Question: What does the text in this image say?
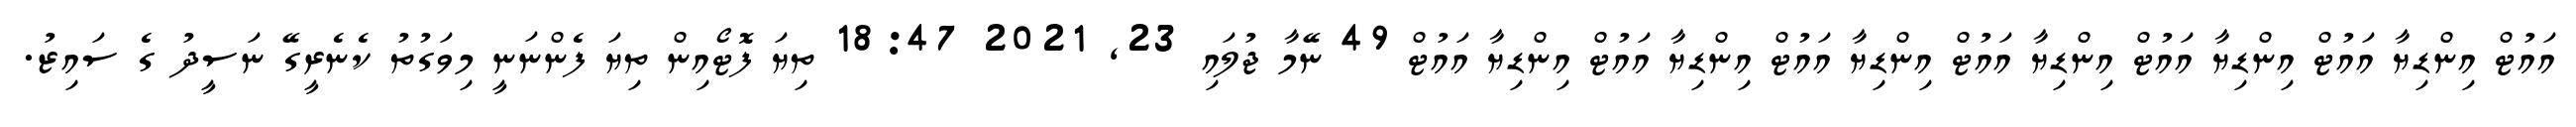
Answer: އައުޓް އިންޑިޔާ އައުޓް އިންޑިޔާ އައުޓް އިންޑިޔާ އައުޓް އިންޑިޔާ އައުޓް އިންޑިޔާ އައުޓް އިންޑިޔާ އައުޓް 49 ނޭމާ ޖުލައި 23, 2021 18:47 ތިޔަ ފޮޓޯއިން ތިޔަ ފެންނަނީ މިވަގުތު ކެނެރީގޭ ނަސީދު ގެ ސައިޒު.